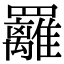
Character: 䍦